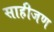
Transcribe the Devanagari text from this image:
साहीजण